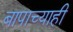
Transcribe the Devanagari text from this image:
बापाच्याही